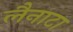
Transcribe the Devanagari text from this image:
लैनाटा